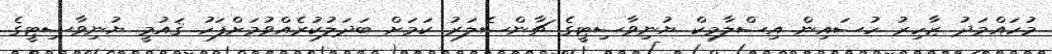
މުހައްމަދު ޒާހިރު ހުސައިން އިސްލާމިކް ޔުނިވާސިޓީގެ ޗާންސެލަރު ކަމަށް ބަދަލުކުރެއްވުމަށްފަހު ޤައުމީ ޔުނިވާސިޓީގެ